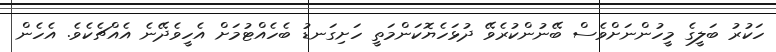
ހަކުރު ބަލީގެ މީހުންނަށްވެސް ބޭނުންކުރެވޭ ދުޅަހެޔޮކަންމަތީ ހަށިގަނޑު ބެހެއްޓުމަށް އެހީވެދޭނެ އެއްޗެކެވެ. އެހެން